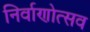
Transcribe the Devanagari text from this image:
निर्वाणोत्सव